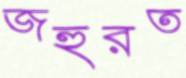
জহুরত